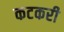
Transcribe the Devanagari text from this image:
कटकरी